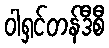
ဝါရှင်တန်ဒီစီ